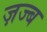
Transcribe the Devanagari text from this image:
ज़ज्ब